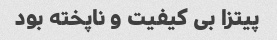
پیتزا بی کیفیت و ناپخته بود